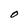
Character: O